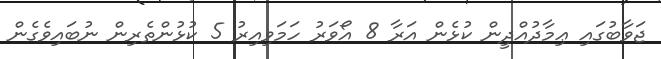
ޖަވާބުގައި ޢިމާދުއްދީން ކުޅެން އަރާ 8 އޯވަރު ހަމަވިއިރު 5 ކުޅުންތެރިން ނުބައިވެގެން